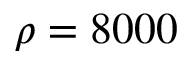
\rho = 8 0 0 0